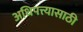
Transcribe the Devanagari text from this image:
अधिपत्त्यासाठी